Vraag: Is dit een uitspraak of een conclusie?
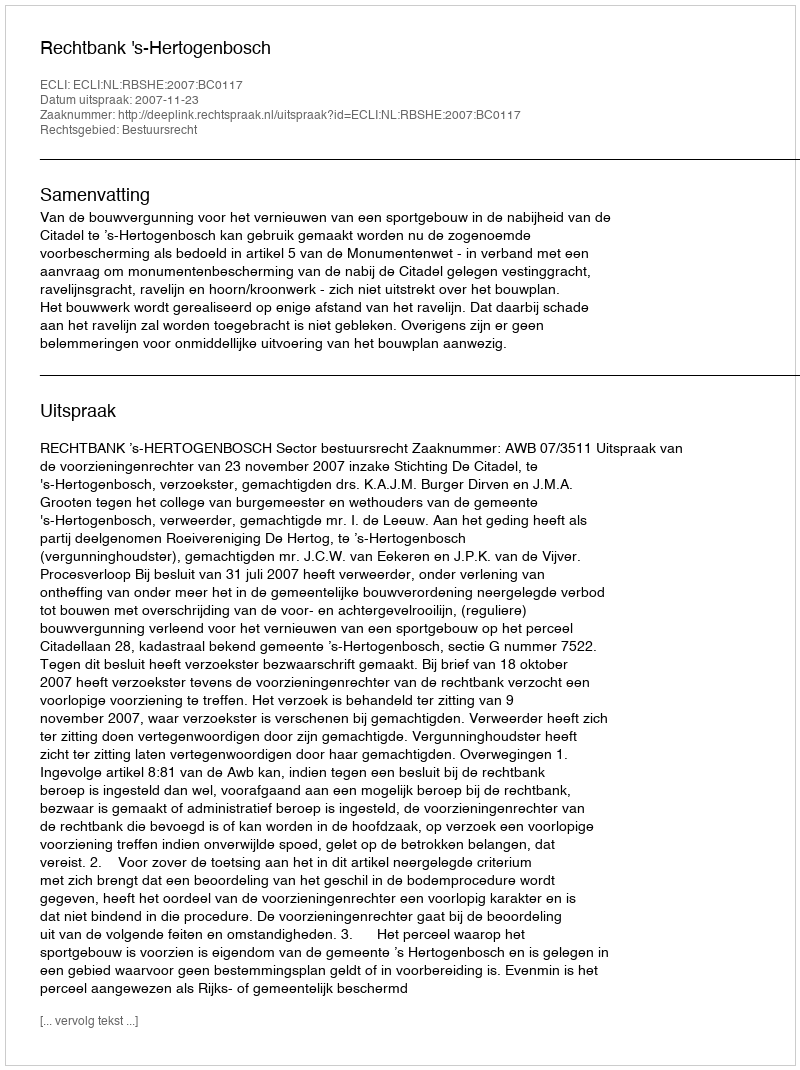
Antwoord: Uitspraak